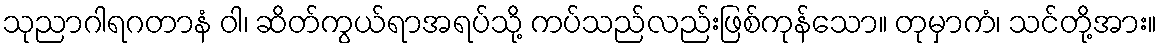
သုညာဂါရဂတာနံ ဝါ၊ ဆိတ်ကွယ်ရာအရပ်သို့ ကပ်သည်လည်းဖြစ်ကုန်သော။ တုမှာကံ၊ သင်တို့အား။